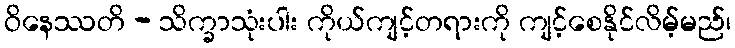
ဝိနေဿတိ - သိက္ခာသုံးပါး ကိုယ်ကျင့်တရားကို ကျင့်စေနိုင်လိမ့်မည်၊